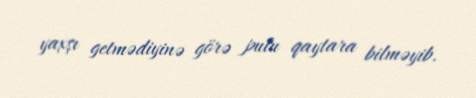
yaxşı getmədiyinə görə pulu qaytara bilməyib.